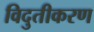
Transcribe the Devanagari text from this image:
विदुतीकरण